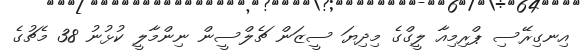
އިނގިރޭސި ޕްރިމިއާ ލީގްގެ މިދިޔަ ސީޒަން ޗެލްސީން ނިންމާލީ ކުޅުނު 38 މެޗުގެ